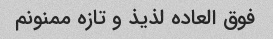
فوق العاده لذیذ و تازه ممنونم